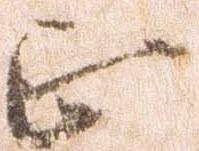
正